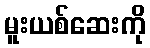
မူးယစ်ဆေးကို